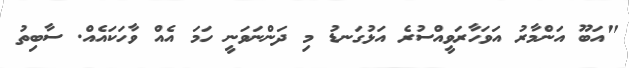
"އަބޫ އަންމާރު އަވަހާރަވީއްސުރެ އަޅުގަނޑު މި ދަންނަވަނީ ހަމަ އެއް ވާހަކައެއް. ސާބިތު